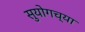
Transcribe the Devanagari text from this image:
सुयोगच्या